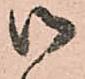
御